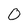
Character: 0